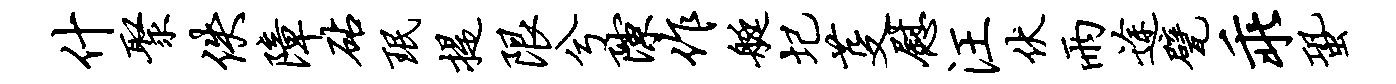
什聚佚障砧珉提限兮隙作艇圮芟慰汪伏雨途甓乖蛩